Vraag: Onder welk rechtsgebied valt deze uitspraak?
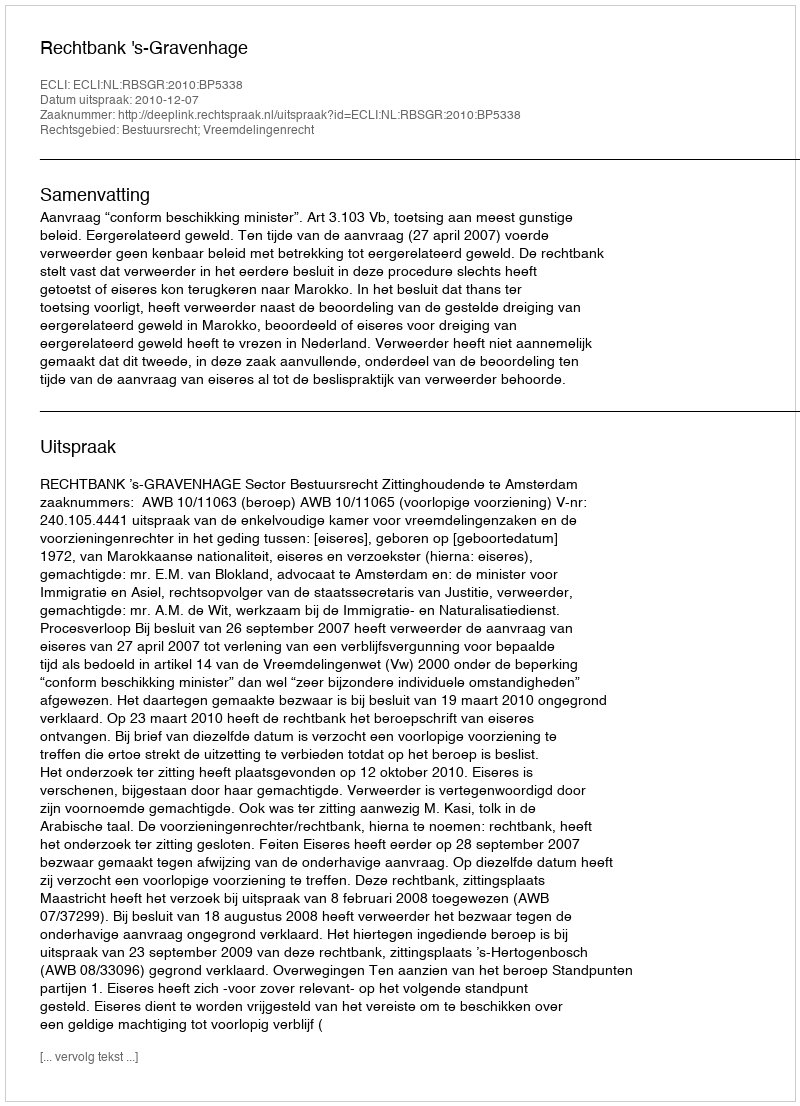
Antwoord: Bestuursrecht; Vreemdelingenrecht